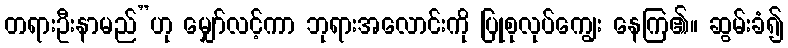
တရားဦးနာမည်”ဟု မျှော်လင့်ကာ ဘုရားအလောင်းကို ပြုစုလုပ်ကျွေး နေကြ၏။ ဆွမ်းခံ၍